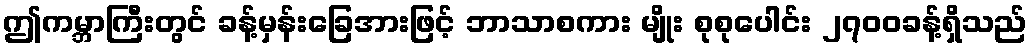
ဤကမ္ဘာကြီးတွင် ခန့်မှန်းခြေအားဖြင့် ဘာသာစကား မျိုး စုစုပေါင်း ၂၇၀၀ခန့်ရှိသည်